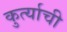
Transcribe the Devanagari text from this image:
कुर्त्याची